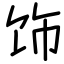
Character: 饰